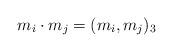
LaTeX: \begin{align*}m_i\cdot m_j=(m_i,m_j)_3\end{align*}